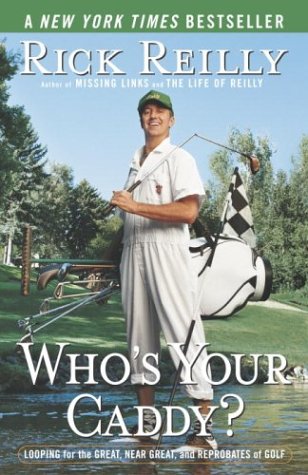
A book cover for Who's Your Caddy?: Looping for the Great, Near Great, and Reprobates of Golf; Rick Reilly; Humor & Entertainment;